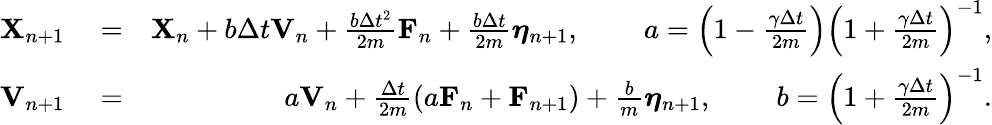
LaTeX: \begin{array}{rlr}{\mathbf{X}_{n+1}}&{{}=}&{\mathbf{X}_{n}+b\Delta{t}\mathbf{V}_{n}+\frac{b\Delta{t}^{2}}{2m}\mathbf{F}_{n}+\frac{b\Delta{t}}{2m}\boldsymbol{\eta}_{n+1},\; \; \; \; \; \; \; \; a=\left({1-\frac{\gamma\Delta{t}}{2m}}\right)\left({1+\frac{\gamma\Delta{t}}{2m}}\right)^{-1},}\\ {\mathbf{V}_{n+1}}&{{}=}&{a\mathbf{V}_{n}+\frac{\Delta{t}}{2m}\left(a\mathbf{F}_{n}+\mathbf{F}_{n+1}\right)+\frac{b}{m}\boldsymbol{\eta}_{n+1},\; \; \; \; \; \; \; \; b=\left({1+\frac{\gamma\Delta{t}}{2m}}\right)^{-1}.}\end{array}